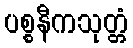
ပစ္စနီကသုတ္တံ